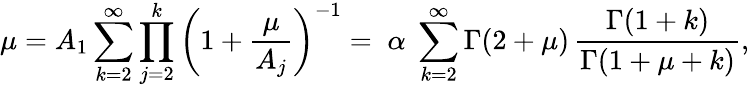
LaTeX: \mu=A_{1}\sum_{k=2}^{\infty}\prod_{j=2}^{k}\left(1+\frac{\mu}{A_{j}}\right)^{-1}=\; \alpha\; \sum_{k=2}^{\infty}\Gamma(2+\mu)\, \frac{\Gamma(1+k)}{\Gamma(1+\mu+k)},